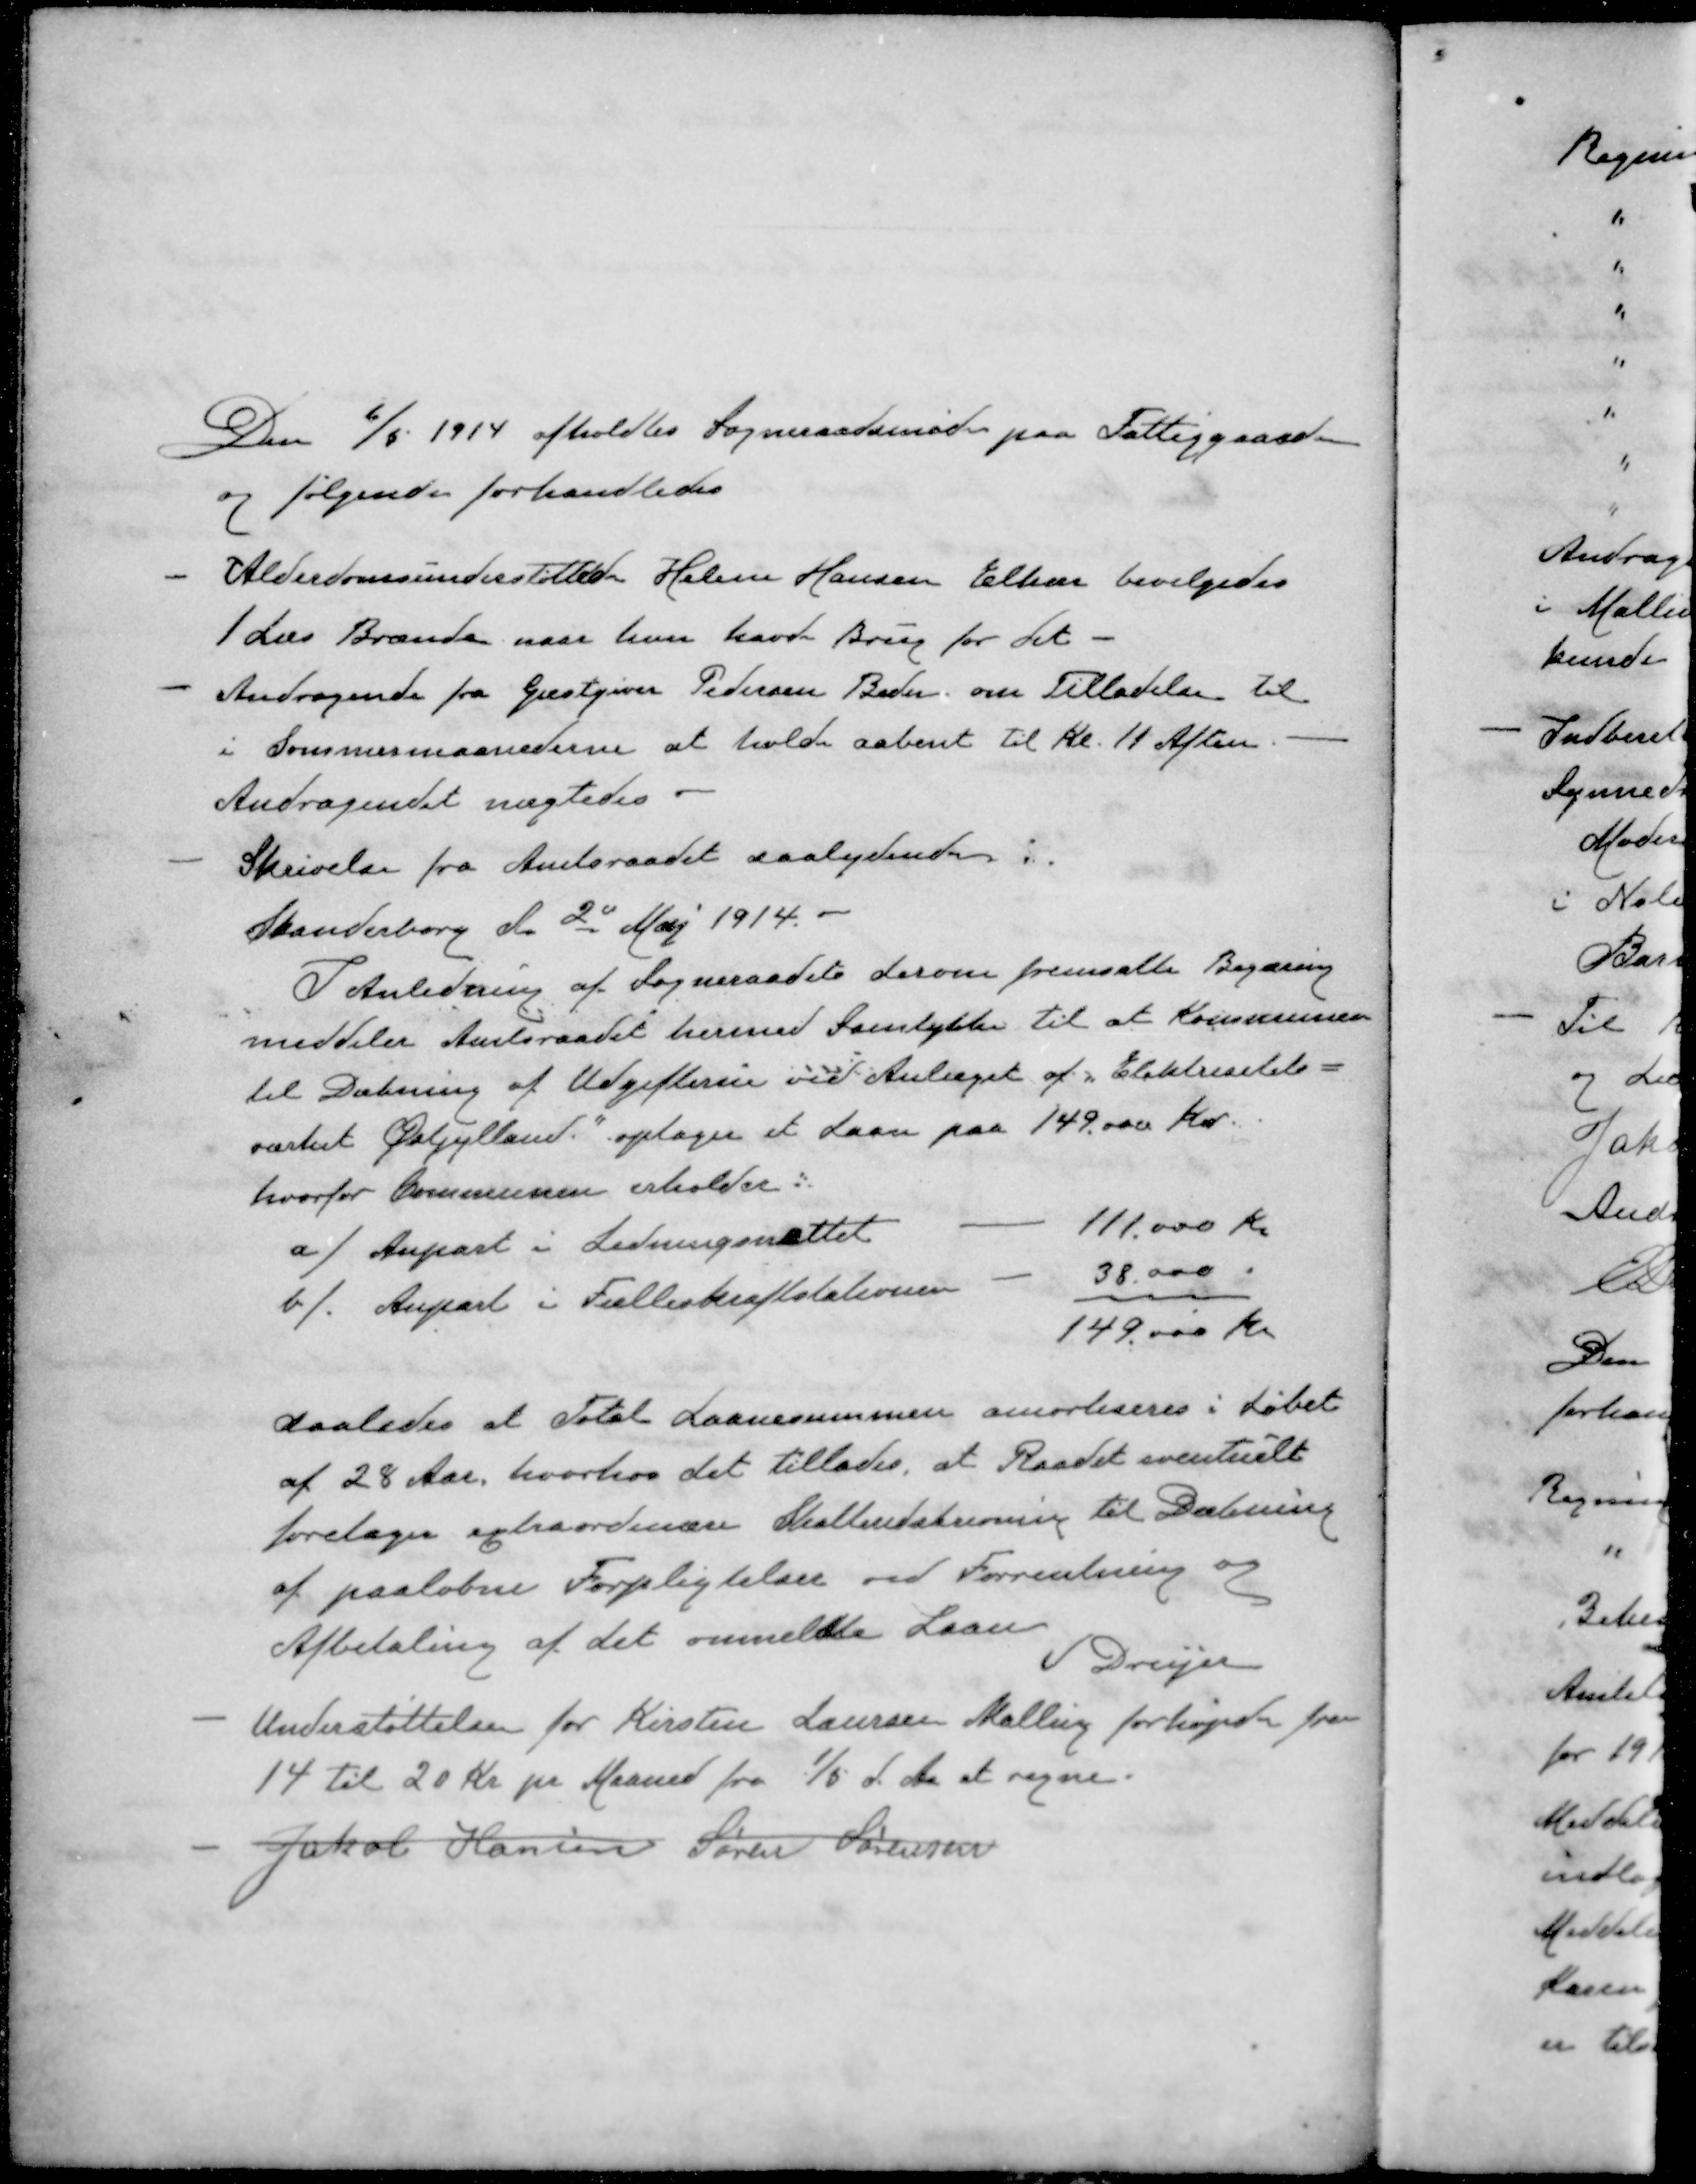
Transskription:
Den 6/5 1914 afholdtes Sogneraadsmøde paa Fattiggaarden
og følgende forhandledes
- Alderdomsunderstøttede Helene Hansen Elkær bevilgedes
1 Læs Brænde naar hun havde Brug for det -
- Andragende fra Gæstgiver Pedersen Beder om Tilladelse til
i Sommermaanederne at holde aabent til Kl. 11 Aften.
Andragendet nægtedes
- Skrivelse fra Amtsraadet saalydende:
Skanderborg d. 2 Maj 1914.
I Anledning af Sogneraadets derom fremsatte Begæring
meddeler Amtsraadet hermed Samtykke til at Kommunen
til Dækning af Udgifterne ved Anlæget af "Elektrisitets-
værket Østjylland" optages et Laan paa 149.000 Kr.
hvorfor Kommunen erholder:
a) Anpart i Ledningsnettet - 111.000 Kr
b) Anpart i Fælleskraftstationen 38.000.
149.000 Kr.
saaledes at Total Laanesummen amortiseres i Løbet
af 28 Aar, hvorhos det tillades, at Raadet eventuelt
foretager extraordinær Skatteudskrivning til Dækning
af paaløbne Forpligtelser ved Forrentning og
Afbetaling af det anmeldte Laan
V Drejer
- Understøttelsen for Kirsten Laursen Malling forhøjede fra
14 til 20 Kr pr Maaned fra 1/5 d. A. at regne.
- Jakob Hansen Søren Sørensen